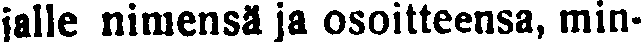
jalle nimensä ja osoitteensa, min-